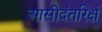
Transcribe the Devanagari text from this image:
आसीदंतरिक्षं